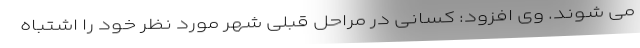
می شوند. وی افزود: کسانی در مراحل قبلی شهر مورد نظر خود را اشتباه